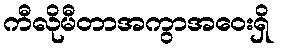
ကီလိုမီတာအကွာအဝေးရှိ